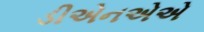
ડીએનએએ